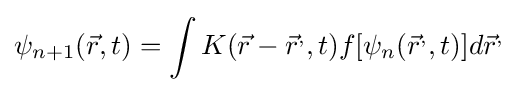
\psi _{n+1}({\vec {r}},t)=\int K({\vec {r}}-{\vec {r}}^{,},t)f[\psi _{n}({\vec {r}}^{,},t)]d{\vec {r}}^{,}